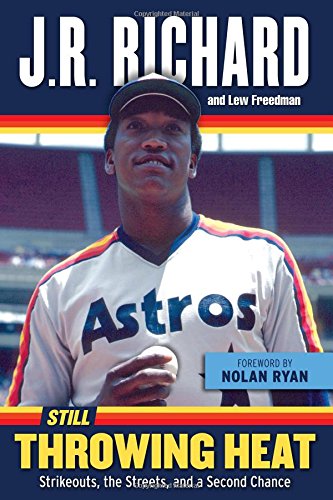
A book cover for Still Throwing Heat: Strikeouts, the Streets, and a Second Chance; J. R. Richard; Health, Fitness & Dieting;